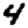
Digit: 4